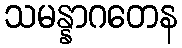
သမန္နာဂတေန